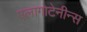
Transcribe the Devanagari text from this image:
एलागोटेनीन्स